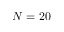
N = 2 0